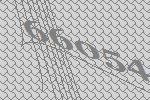
66054